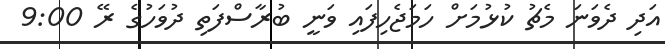
އަދި ދެވަނަ މެޗު ކުޅުމަށް ހަމަޖެހިފައި ވަނީ ބުރާސްފަތި ދުވަހުގެ ރޭ 9:00